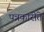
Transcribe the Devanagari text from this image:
पत्रकारीते